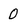
Character: 0